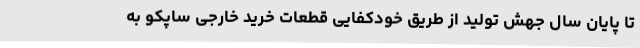
تا پایان سال جهش تولید از طریق خودکفایی قطعات خرید خارجی ساپکو به